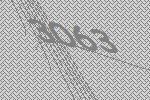
3063